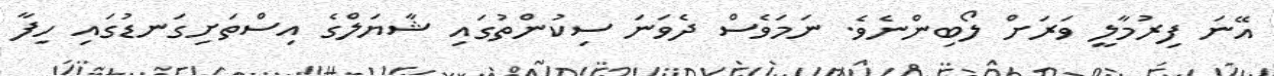
އޭނަ ފިރުމާލީ ވަރަށް ލޯބިންނެވެ. ނަމަވެސް ދެވަނަ ސިކުންތުގައި ޝާޔަލްގެ އިސްތަށިގަނޑުގައި ހިފާ